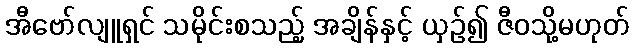
အီဗော်လျူရှင် သမိုင်းစသည့် အချိန်နှင့် ယှဉ်၍ ဇီဝသို့မဟုတ်